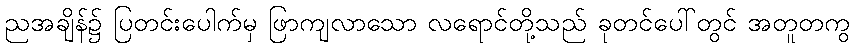
ညအချိန်၌ ပြတင်းပေါက်မှ ဖြာကျလာသော လရောင်တို့သည် ခုတင်ပေါ်တွင် အတူတကွ